Report on vaccination in Madras 1895-1903 - 1895-1903
Year: 1895
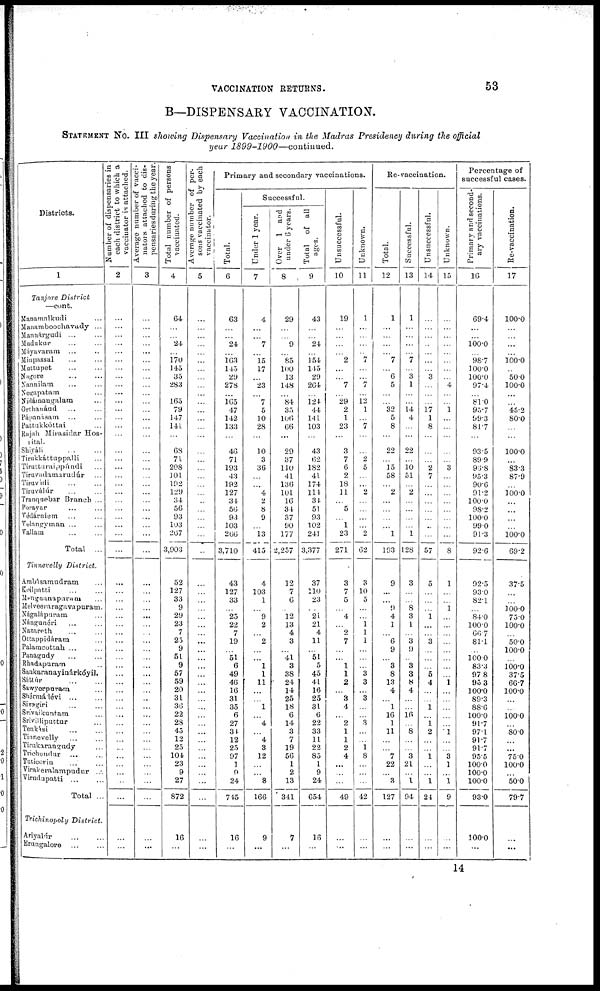
VACCINATION RETURNS.
53
B—DISPENSARY VACCINATION.
STATEMENT No. III showing Dispensary Vaccination in the Madras Presidency during the official
year
1899-1900—continued.
Districts.
1
Tanjore
District
—cont.
Manamalkudi ...
Manamboochavady ...
Mannárgudi ...
Madukur ... ...
Máyavaram ... ...
Minpassal ... ...
Mattupet ... ...
Nagore ... ...
Nannilam ... ...
Negapatam ...
Nidáinaugalam
Orthanáud ... ...
Pápanásam ... ...
Pattukkóttai ...
Rajah Mirasidar Hos-
pital.
Shiyali
...
...
Tirukkáttuppalli ...
Tirutturaippúndi ...
Tiruvadamarudúr ...
Tiruvidi ... ...
Tiruválúr ... ...
Tranquebar Branch ...
Porayar ... ...
Védárniem ... ...
Velangyman ... ...
Vallam ... ...
Total ...
Tinnevelly
District.
Ambásamudram ...
Koilpatti ... ...
Menguanaparam ...
Melveeraragavapuram.
Nágaláparam ...
Nángunéri ... ...
Nazareth ... ...
Ottappidáram ...
Palamcottah ... ...
Panagudy ... ...
Rhadapuram ...
Sankaranayinárkóyil.
Sáttur
...
...
Sawyerpuram ...
Shérmádèvi
...
...
Sivsgiri ... ...
Srivaikuntam ...
Srivilliputtur ...
Tenkási
...
...
Tinnevelly ... ...
Tirukarangudy ...
Trichondur ... ...
Tuticorin ... ...
Virakeralampadur ...
Virudupatti
...
...
Total ...
Trichinopoly
District.
Ariyalúr ... ...
Erungalore
...
...
Number of dispensaries in
each district to which a
vaccinator is attached.
2
...
...
...
...
...
...
...
...
...
...
...
...
...
...
...
...
...
...
...
...
...
...
...
...
...
...
...
...
...
...
...
...
...
...
...
...
...
...
...
...
...
...
...
...
...
...
...
...
...
...
...
...
...
...
...
Average number of vacci-
nators attached to dis-
pensaries during the year.
3
...
...
...
...
...
...
...
...
...
...
...
...
...
...
...
...
...
...
...
...
...
...
...
...
...
...
...
...
...
...
...
...
...
...
...
...
...
...
...
...
...
...
...
...
...
...
...
...
...
...
...
...
...
...
...
Total number of persons
vaccinated.
4
64
...
...
24
...
170
145
35
283
...
165
79
147
141
...
68
71
208
101
102
129
34
56
93
103
267
3,903
52
127
33
9
29
23
7
25
9
51
9
57
59
20
31
36
22
28
45
12
25
104
23
9
27
872
16
...
Average number of per-
sons vaccinated by each
vaccinator.
5
...
...
...
...
...
...
...
...
...
...
...
...
...
...
...
...
...
...
...
...
...
...
...
...
...
...
...
...
...
...
...
...
...
...
...
...
...
...
...
...
...
...
...
...
...
...
...
...
...
...
...
...
...
...
...
Primary and secondary vaccinations.
Total.
6
63
...
...
24
...
163
145
29
278
...
165
47
142
133
...
46
71
193
43
192
127
34
56
93
103
266
3,710
43
127
33
...
25
22
7
19
...
51
6
49
46
16
31
35
6
27
31
12
25
97
1
9
24
745
16
...
Successful.
Under 1 year.
7
4
...
...
7
...
15
17
...
23
...
...
5
10
28
...
10
3
36
...
...
4
2
8
9
...
13
415
4
103
1
...
9
2
...
2
...
...
1
1
11
...
...
1
...
4
...
4
3
12
...
...
8
166
9
...
Over 1 and
under 6 years.
8
29
...
...
9
...
85
100
13
148
...
84
35
106
66
...
29
37
110
41
136
101
16
34
37
90
177
2,257
12
7
6
...
12
13
4
3
...
41
3
38
24
14
25
18
6
14
3
7
19
56
1
2
13
341
7
...
Total of all
ages.
9
43
...
...
24
...
154
115
29
264
...
124 44
141
103
...
43
62
182
41
174
111
34
51
93
102
241
3,377
37
110
23
...
21
21
4
11
...
51
5
45
41
16
25
31
6
22
33
11
22
85
1
9
24
654
16
...
Unsuccessful.
10
19
...
...
...
...
2
...
...
7
...
29
2
1
23
...
3
7
6
2
18
11
...
5
...
1
23
271
3
7
5
...
4
...
2
7
...
...
1
1
2
...
3
4
...
2
1
1
2
4
...
...
...
49
...
...
Unknown.
11
1
...
...
...
...
7
...
...
7
...
12
1
...
7
...
...
2
5
...
...
2
...
...
...
...
2
62
3
10
5
...
...
1
1
1
...
...
...
3
3
...
3
...
...
3
...
...
1
8
...
...
...
42
...
...
Re-vaccination.
Total.
12
1
...
...
...
...
7
...
6 5
...
...
32
5
8
...
22
...
15
58
...
2
...
...
...
...
1
193
9
...
...
9
4
1
...
6
9
...
3
8
13
4
...
1
16
1
11
...
...
7
22
...
3
127
...
...
Successful.
13
1
...
...
...
...
7
...
3
1
...
...
14
4
...
...
22
...
10
51
...
2
...
...
...
...
1
128
3
...
...
8
3
1
...
3
9
...
3
3
8
4
...
...
16
...
8
...
...
3
21
...
1
94
...
...
Unsuccessful.
14
...
...
...
...
...
...
...
3
...
...
...
17
1
8
...
...
...
2
7
...
...
...
...
...
...
...
57
5
...
...
...
1
...
...
3
...
...
...
5
4
...
...
1
...
1
2
...
...
1
...
...
1
24
...
...
Unknown.
15
...
...
...
...
...
...
...
...
4
...
...
1
...
...
...
...
...
3
...
...
...
...
...
...
...
...
8
1
...
...
1
...
...
...
...
...
...
...
...
1
...
...
...
...
...
1
...
...
3
1
...
1
9
...
...
Percentage of
successful cases.
Primary and second-
ary vaccinations.
16
69.4
...
...
100.0
...
98.7
100.0
100.0
97.4
...
81.0
95.7
99.3
81.7
...
93.5
89.9
95.8
95.3
90.6
91.2
100.0
98.2
100.0
99.0
91.3
92.6
92.5
93.0
82.1
...
84.0
100.0
66.7
81.1
...
100.0
83.3
97.8
95.3
100.0
89.3
88.6
100.0
91.7
97.1
91.7
91.7
95.5
100.0
100.0
100.0
93.0
100.0
...
Re-vaccination.
17
100.0
...
...
...
...
100.0
...
50.0
100.0
...
...
45.2
80.0
...
...
100.0
...
83.3
87.9
...
100.0
...
...
...
...
100.0
69.2
37.5
...
...
100.0
75.0
100.0
...
50.0
100.0
...
100.0
37.5
66.7
100.0
...
...
100.0
...
80.0
...
...
75.0
100.0
...
50.0
79.7
...
...
14